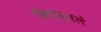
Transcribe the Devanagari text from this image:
किंडर्सले